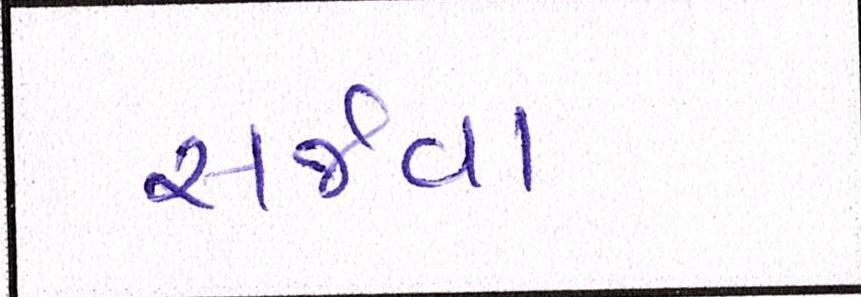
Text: સર્જવા